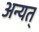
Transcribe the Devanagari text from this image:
अन्यत्